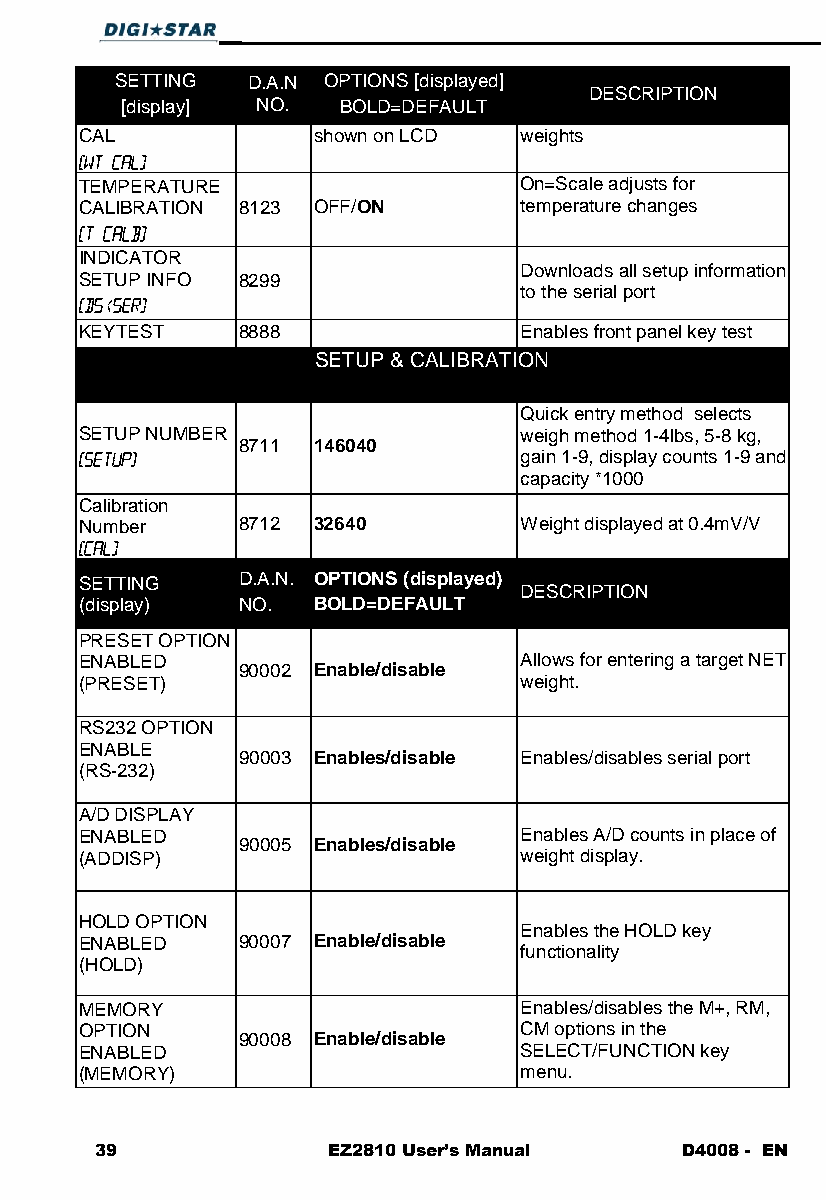
SETTING D.A.N OPTIONS [displayed]
 DESCRIPTION
 [display] NO. BOLD=DEFAULT
 CAL             shown on LCD weights
 TEMPERATURE                  On=Scale adjusts for
 CALIBRATION 8123 OFF/ON      temperature changes
 INDICATOR
 Downloads all setup information
 SETUP INFO 8299
 to the serial port
 KEYTEST    8888              Enables front panel key test
 SETUP & CALIBRATION
 Quick entry method selects
 SETUP NUMBER                 weigh method 1-4lbs, 5-8 kg,
 8711 146040
 gain 1-9, display counts 1-9 and
 capacity *1000
 Calibration
 Number     8712 32640        Weight displayed at 0.4mV/V
 SETTING    D.A.N. OPTIONS (displayed)
 DESCRIPTION
 (display)  NO.  BOLD=DEFAULT
 PRESET OPTION
 ENABLED                      Allows for entering a target NET
 90002 Enable/disable
 (PRESET)                     weight.
 RS232 OPTION
 ENABLE
 90003 Enables/disable Enables/disables serial port
 (RS-232)
 A/D DISPLAY
 ENABLED                      Enables A/D counts in place of
 90005 Enables/disable
 (ADDISP)                     weight display.
 HOLD OPTION
 Enables the HOLD key
 ENABLED    90007 Enable/disable
 functionality
 (HOLD)
 MEMORY                       Enables/disables the M+, RM,
 OPTION                       CM options in the
 90008 Enable/disable
 ENABLED                      SELECT/FUNCTION key
 (MEMORY)                     menu.
 39              EZ2810 User’s Manual   D4008 - EN